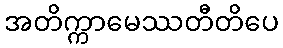
အတိက္ကာမေဿတီတိပေ